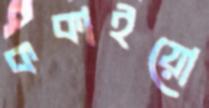
ককাইয়ো